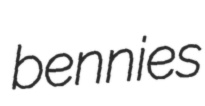
bennies